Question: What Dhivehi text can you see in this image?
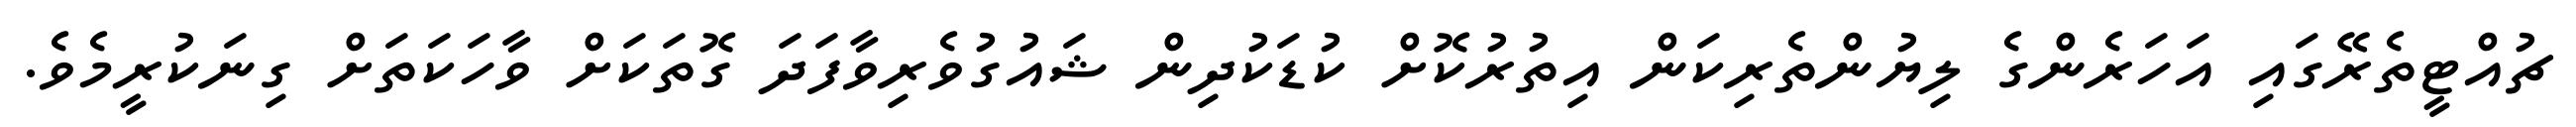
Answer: ޗުއްޓީތެރޭގައި އަހަރެންގެ ލިޔުންތެރިކަން އިތުރުކޮށް ކުޑަކުދިން ޝައުގުވެރިވާފަދަ ގޮތަކަށް ވާހަކަތަށް ގިނަކުރީމެވެ.